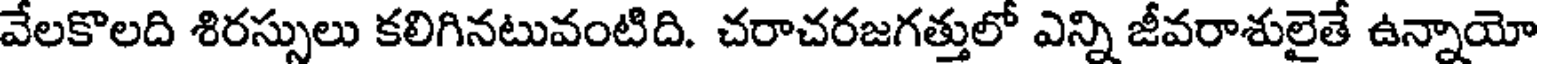
వేలకొలది శిరస్సులు కలిగినటువంటిది. చరాచరజగత్తులో ఎన్ని జీవరాశులైతే ఉన్నాయో